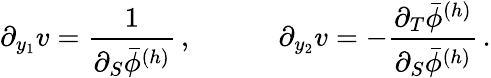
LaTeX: \partial_{y_{1}}v=\frac{1}{\partial_{S}\bar{\phi}^{(h)}}\, ,\qquad\quad\partial_{y_{2}}v=-\frac{\partial_{T}\bar{\phi}^{(h)}}{\partial_{S}\bar{\phi}^{(h)}}\, .